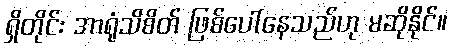
ရှိတိုင်း အာရုံသိစိတ် ဖြစ်ပေါ်နေသည်ဟု မဆိုနိုင်။